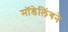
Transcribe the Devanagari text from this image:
मॉडेलिंगने